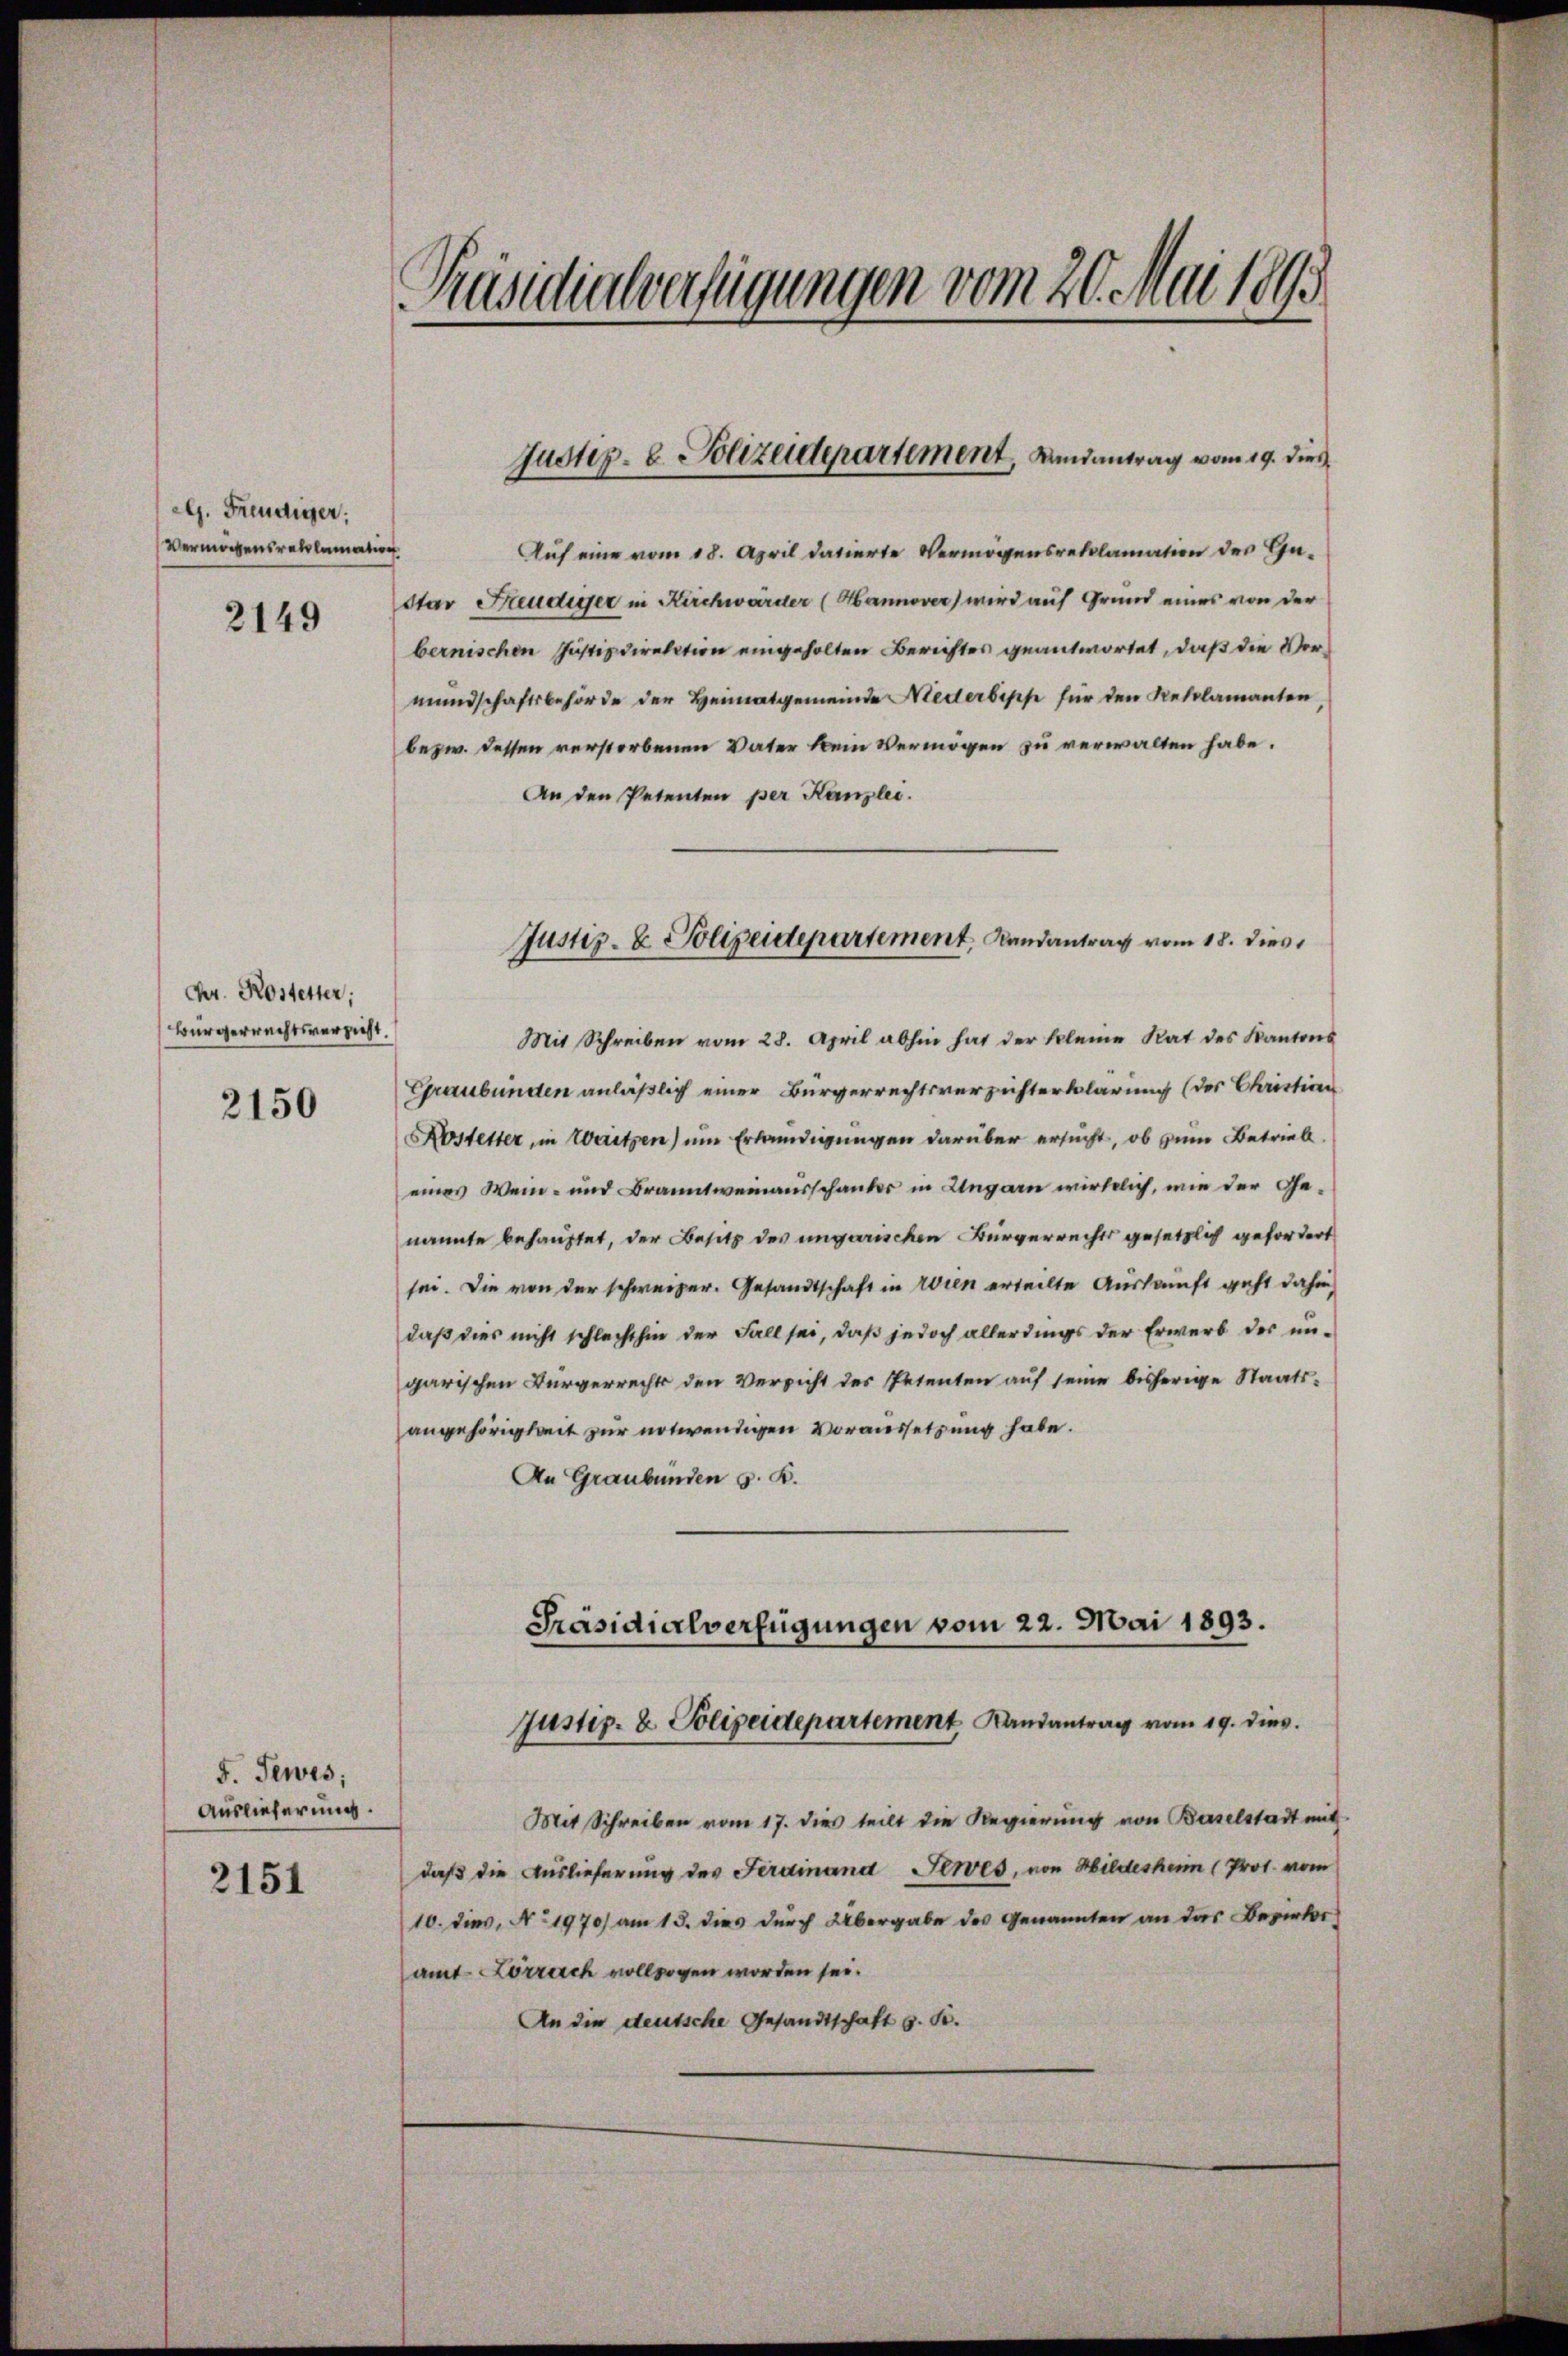
G. Freudiger:
Vermögensreklamation
2149

Dr. Kostetter;
Bürgerrechtsversicht.

2150

F. Tewes;
Auslieferung.

2151

Auf eine vom 18. April datierte Vermögensreklamation des Ge-
Star Freudiger in Kirchwarder (Hannover wird auf Grund eines von der
bernischen Justizdirektion eingeholten Berichtes geantwortet, daß die Vormundschaftsbehörde der Heimatgemeinde Niederbepp für den Reklamanten
bezw. dessen verstorbenen Vater kein Vermögen zu verwalten habe.
An den Petenten per Kanzlei.
Mit Schreiben vom 28. April abhin hat der kleine Rat des Kantons
Graubünden anläßlich einer Bürgerrechtsverzichterklärung (des Christian
Kostetter, in Weitzen) um Erledigungen darüber ersucht, ob zum Betriell
eines Wein- und Branntweinausschauter in Ungarn wirklich, wie der Genannte behauptet, der Besitz des ungarischen Bürgerrechts gesetzlich gefordert
sei. Die von der schweizer. Gesandtschaft in Wien erteilte Auskauft geht dahin
daß dies nicht schlachthin der Fall sei, daß jedoch allerdings der Erwerb der ungarischen Bürgerrechts den Versicht des Petenten auf seine bisherige Staatsangehörigkeit zur notwendigen Voraussetzung habe.
An Graubünden z. B.

Mit Schreiben vom 17. dies teilt die Regierung von Baselstadt mit
daß die Auslieferung des Ferdinand Tewes, von Hildesheim (Prot. vom
10. dies, No 1970) am 15. dies durch Übergabe des Genannten an das Bezirks
amt Lörrach vollzogen worden sei.
An die deutsche Gesandtschaft z. B.

Präsidialverfügungen vom 20. Mai 189

Justiz- & Polizeiderartement, Landantrag vom 19. dies

Justiz- & Polizeidepartement, Landantrag vom 18. dies

Präsidialverfügungen vom 22. Mai 1893.
Justiz- & Polizeidepartement Landantrag vom 19. dies.